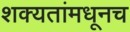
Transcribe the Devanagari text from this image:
शक्यतांमधूनच